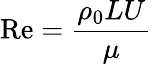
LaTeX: \mathrm{Re}=\frac{\rho_{0}LU}{\mu}